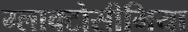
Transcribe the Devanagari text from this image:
ग्लाक्टोसीमिया